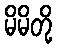
မိမိတို့